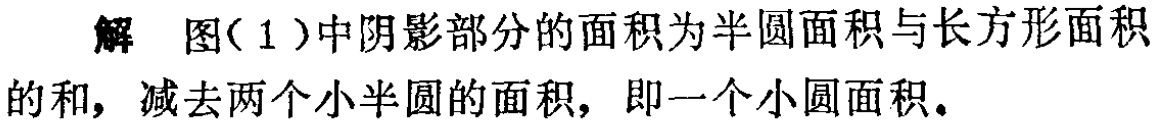
解 图(1)中阴影部分的面积为半圆面积与长方形面积的和，减去两个小半圆的面积，即一个小圆面积。